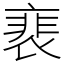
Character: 裵